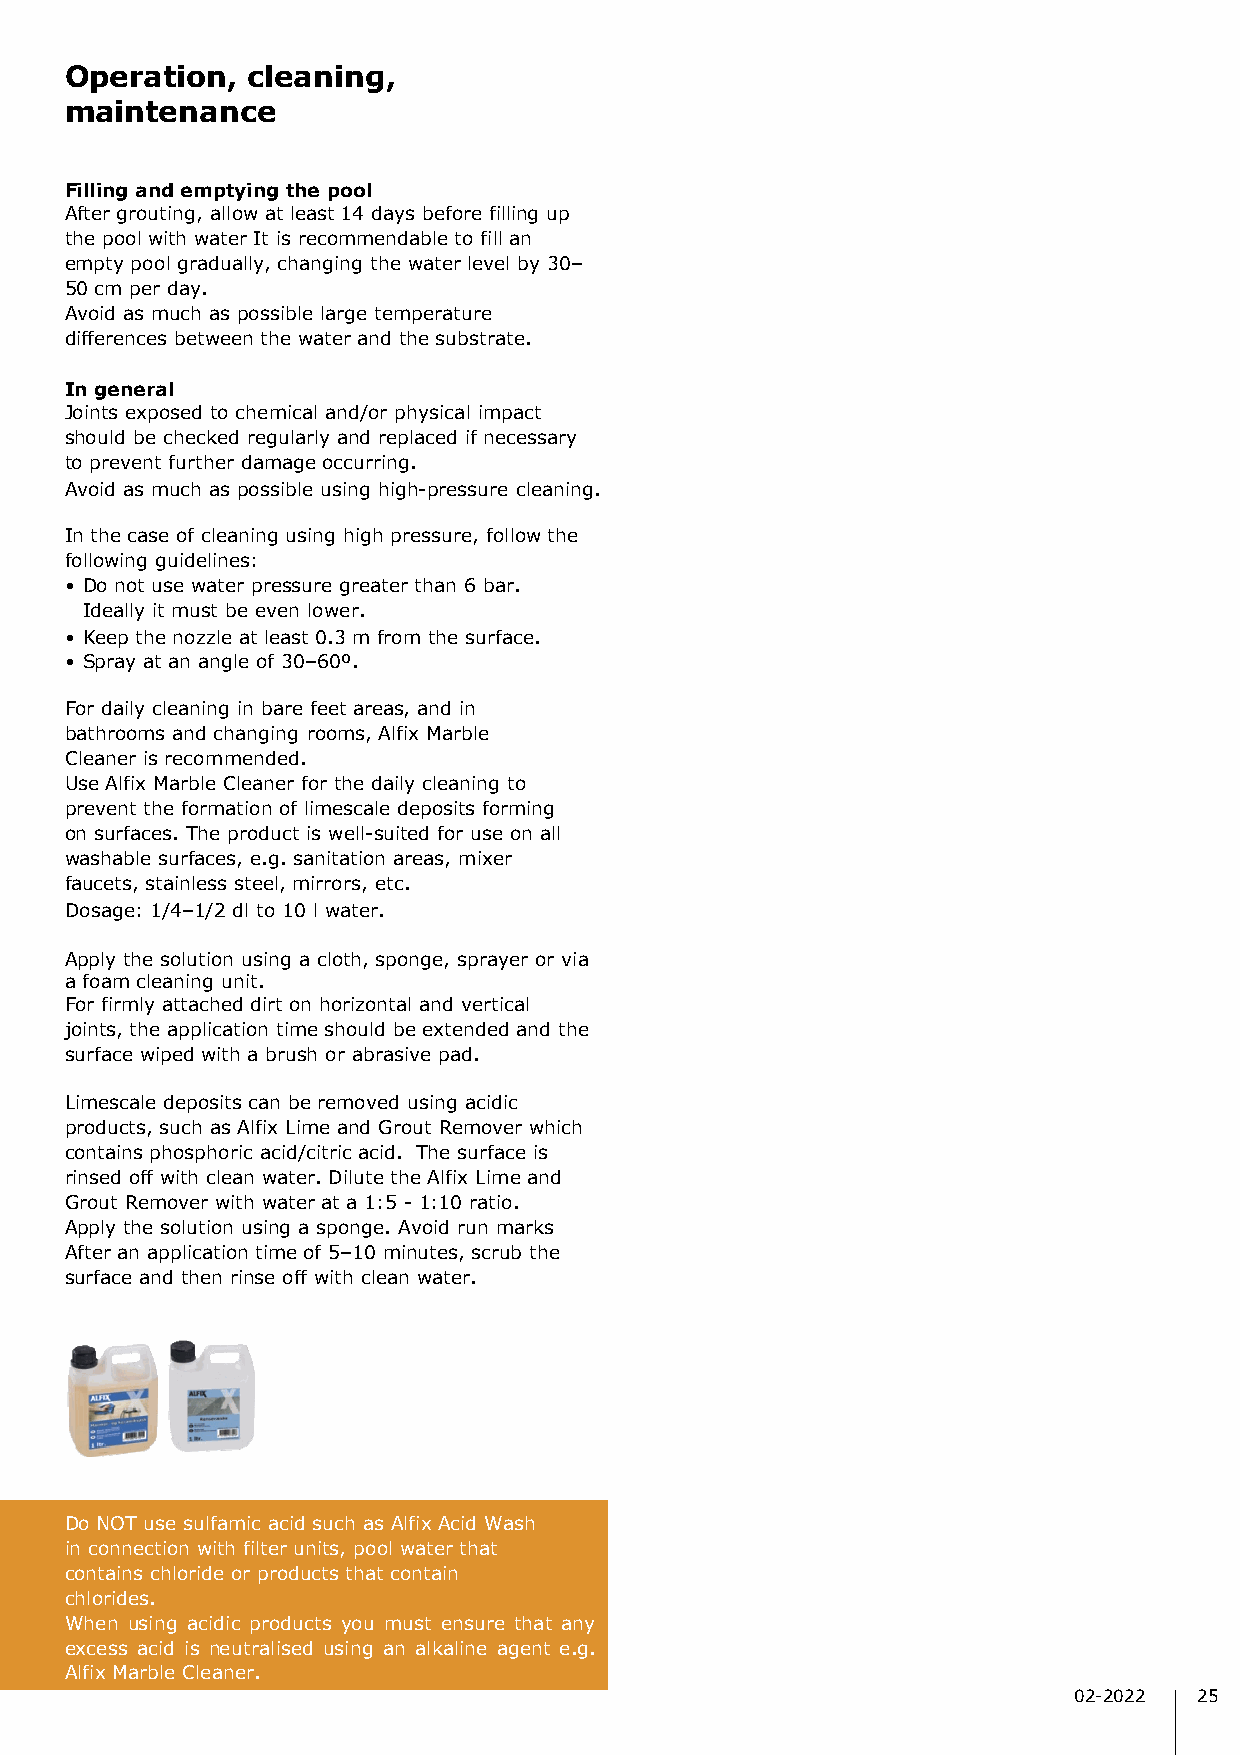
Operation,  cleaning,
 maintenance
 Filling and emptying the pool
 After grouting, allow at least 14 days before filling up
 the pool with water It is recommendable to fill an
 empty pool gradually, changing the water level by 30–
 50 cm per day.
 Avoid as much as possible large temperature
 differences between the water and the substrate.
 In general
 Joints exposed to chemical and/or physical impact
 should be checked regularly and replaced if necessary
 to prevent further damage occurring.
 Avoid as much as possible using high-pressure cleaning.
 In the case of cleaning using high pressure, follow the
 following guidelines:
 • Do not use water pressure greater than 6 bar.
 Ideally it must be even lower.
 • Keep the nozzle at least 0.3 m from the surface.
 • Spray at an angle of 30–60º.
 For daily cleaning in bare feet areas, and in
 bathrooms and changing rooms, Alfix Marble
 Cleaner is recommended.
 Use Alfix Marble Cleaner for the daily cleaning to
 prevent the formation of limescale deposits forming
 on surfaces. The product is well-suited for use on all
 washable surfaces, e.g. sanitation areas, mixer
 faucets, stainless steel, mirrors, etc.
 Dosage: 1/4–1/2 dl to 10 l water.
 Apply the solution using a cloth, sponge, sprayer or via
 a foam cleaning unit.
 For firmly attached dirt on horizontal and vertical
 joints, the application time should be extended and the
 surface wiped with a brush or abrasive pad.
 Limescale deposits can be removed using acidic
 products, such as Alfix Lime and Grout Remover which
 contains phosphoric acid/citric acid. The surface is
 rinsed off with clean water. Dilute the Alfix Lime and
 Grout Remover with water at a 1:5 - 1:10 ratio.
 Apply the solution using a sponge. Avoid run marks
 After an application time of 5–10 minutes, scrub the
 surface and then rinse off with clean water.
 Do NOT use sulfamic acid such as Alfix Acid Wash
 in connection with filter units, pool water that
 contains chloride or products that contain
 chlorides.
 When using acidic products you must ensure that any
 excess acid is neutralised using an alkaline agent e.g.
 Alfix Marble Cleaner.
 02-2022 25